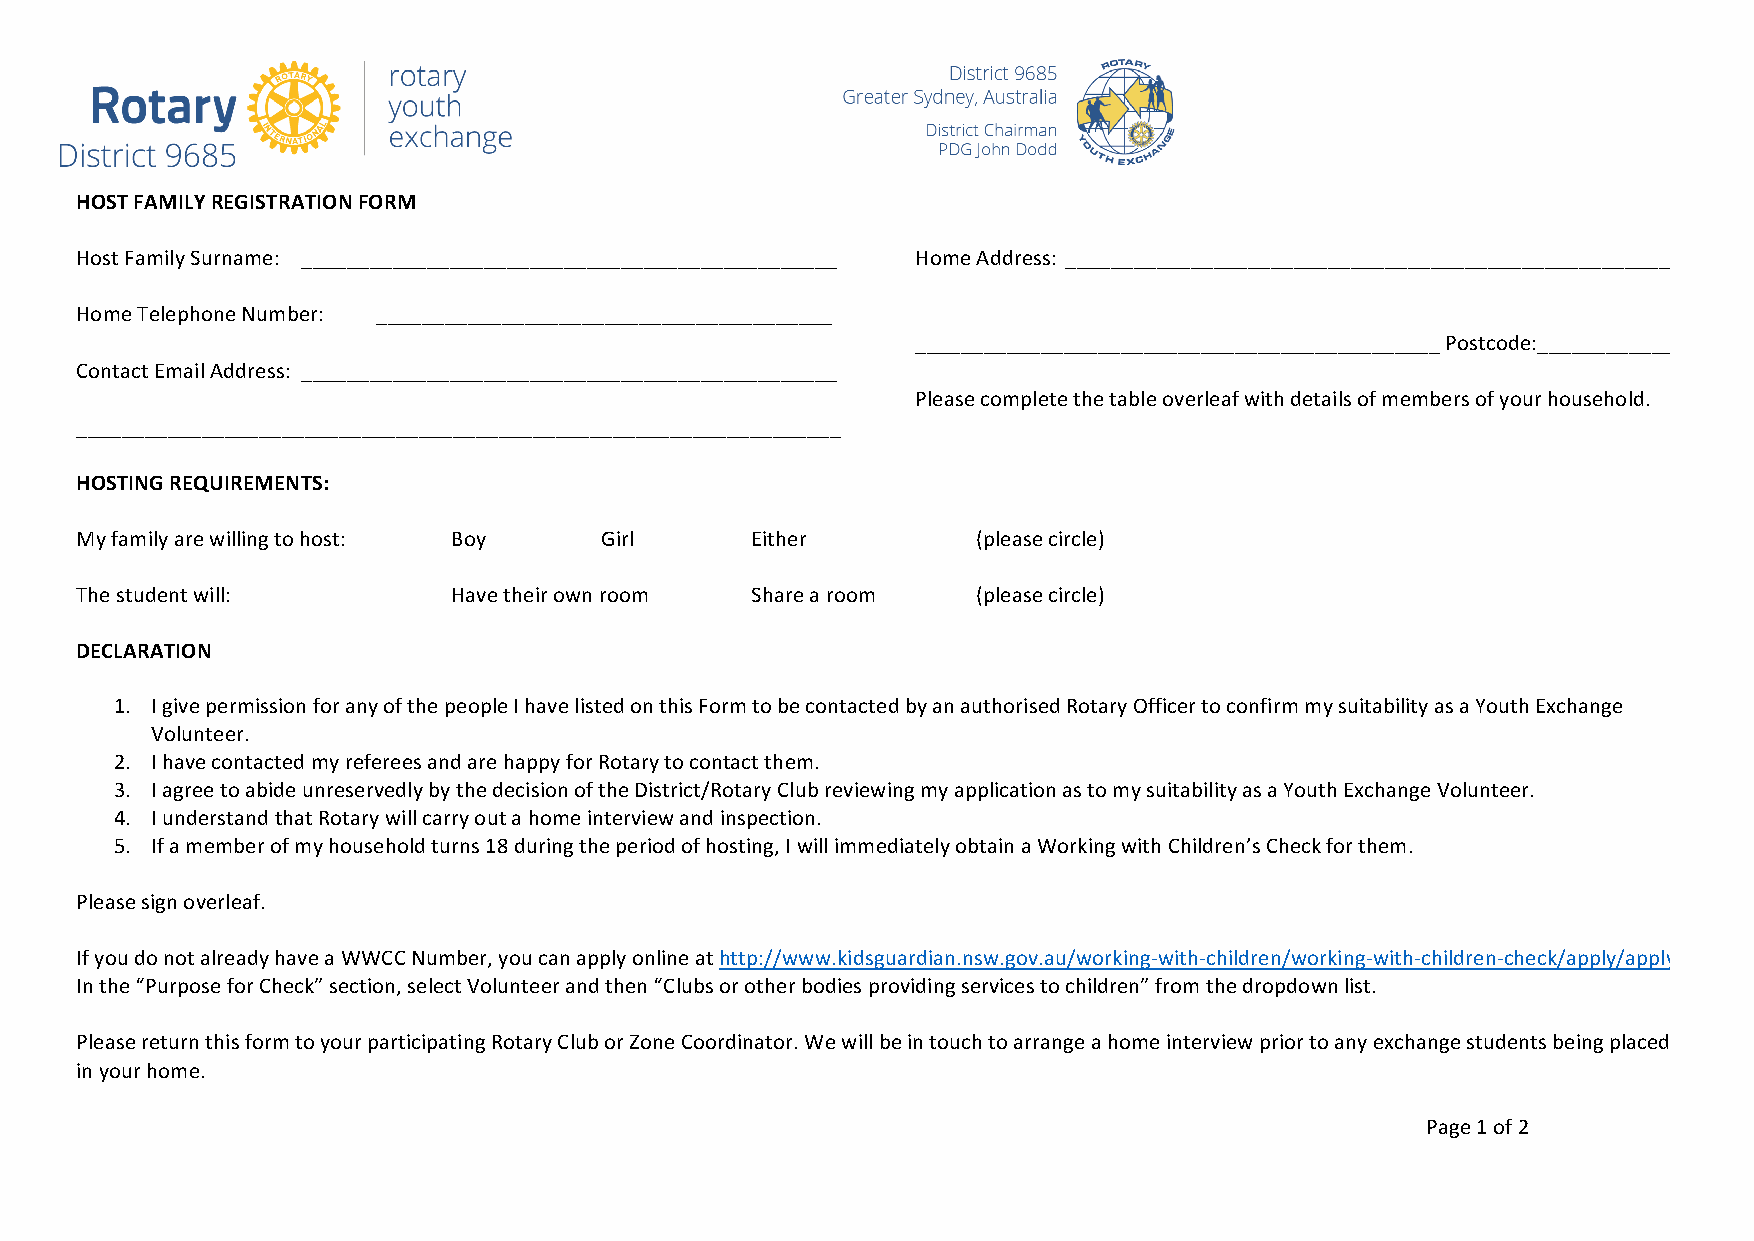
HOST FAMILY REGISTRATION FORM
 Host Family Surname: _______________________________________________ Home Address: _____________________________________________________
 Home Telephone Number: ________________________________________
 ______________________________________________ Postcode:____________
 Contact Email Address: _______________________________________________
 Please complete the table overleaf with details of members of your household.
 ___________________________________________________________________
 HOSTING REQUIREMENTS:
 My family are willing to host: Boy Girl      Either         (please circle)
 The student will:        Have their own room Share a room   (please circle)
 DECLARATION
 1. I give permission for any of the people I have listed on this Form to be contacted by an authorised Rotary Officer to confirm my suitability as a Youth Exchange
 Volunteer.
 2. I have contacted my referees and are happy for Rotary to contact them.
 3. I agree to abide unreservedly by the decision of the District/Rotary Club reviewing my application as to my suitability as a Youth Exchange Volunteer.
 4. I understand that Rotary will carry out a home interview and inspection.
 5. If a member of my household turns 18 during the period of hosting, I will immediately obtain a Working with Children’s Check for them.
 Please sign overleaf.
 If you do not already have a WWCC Number, you can apply online at http://www.kidsguardian.nsw.gov.au/working-with-children/working-with-children-check/apply/apply
 In the “Purpose for Check” section, select Volunteer and then “Clubs or other bodies providing services to children” from the dropdown list.
 Please return this form to your participating Rotary Club or Zone Coordinator. We will be in touch to arrange a home interview prior to any exchange students being placed
 in your home.
 Page 1 of 2